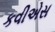
કવીએસ